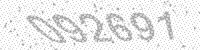
Solution: 092691